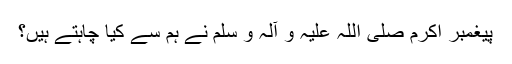
پیغمبر اکرم صلی اللہ علیہ و آلہ و سلم نے ہم سے کیا چاہتے ہیں؟